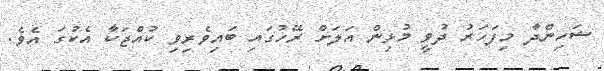
ޝަހިންދާ މިފަހަރު ދުވީ މުޅިން އަލަށް ރޭހުގައި ބައިވެރިވި ކުއްޖަކާ އެކުގަ އެވެ.